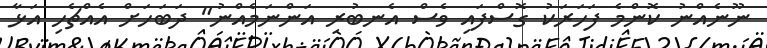
ނޫނެއްނު ކޮންމެ ފަހަރަކު ގޮސްފައި ވެސް އެނބުރި އަންނަމެއްނު" ދަބަހަށް އެއްޗެހި އަޅާ